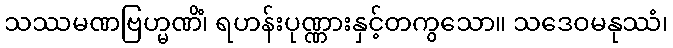
သဿမဏဗြဟ္မဏိံ၊ ရဟန်းပုဏ္ဏားနှင့်တကွသော။ သဒေဝမနုဿံ၊